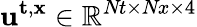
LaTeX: {\mathbf{u}^{\mathbf{t},\mathbf{x}}\in\mathbb{R}^{\textit{Nt}\times\textit{Nx}\times 4}}